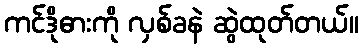
ကင်ဒိုဓားကို လှစ်ခနဲ ဆွဲထုတ်တယ်။